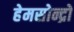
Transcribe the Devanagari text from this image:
हेमसोन्द्रो